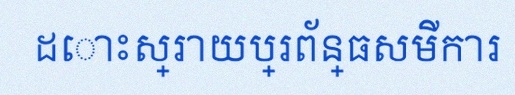
ដោះស្រាយប្រព័ន្ធសមីការ